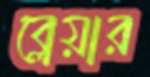
ব্লেয়ার